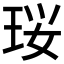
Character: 珱